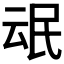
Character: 𰚸